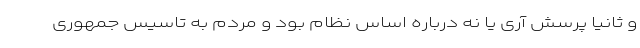
و ثانیاً پرسش آری یا نه درباره اساس نظام بود و مردم به تاسیس جمهوری